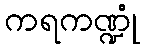
ကရကဏ္ဍုံ